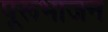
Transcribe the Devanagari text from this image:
पूरूभाजन